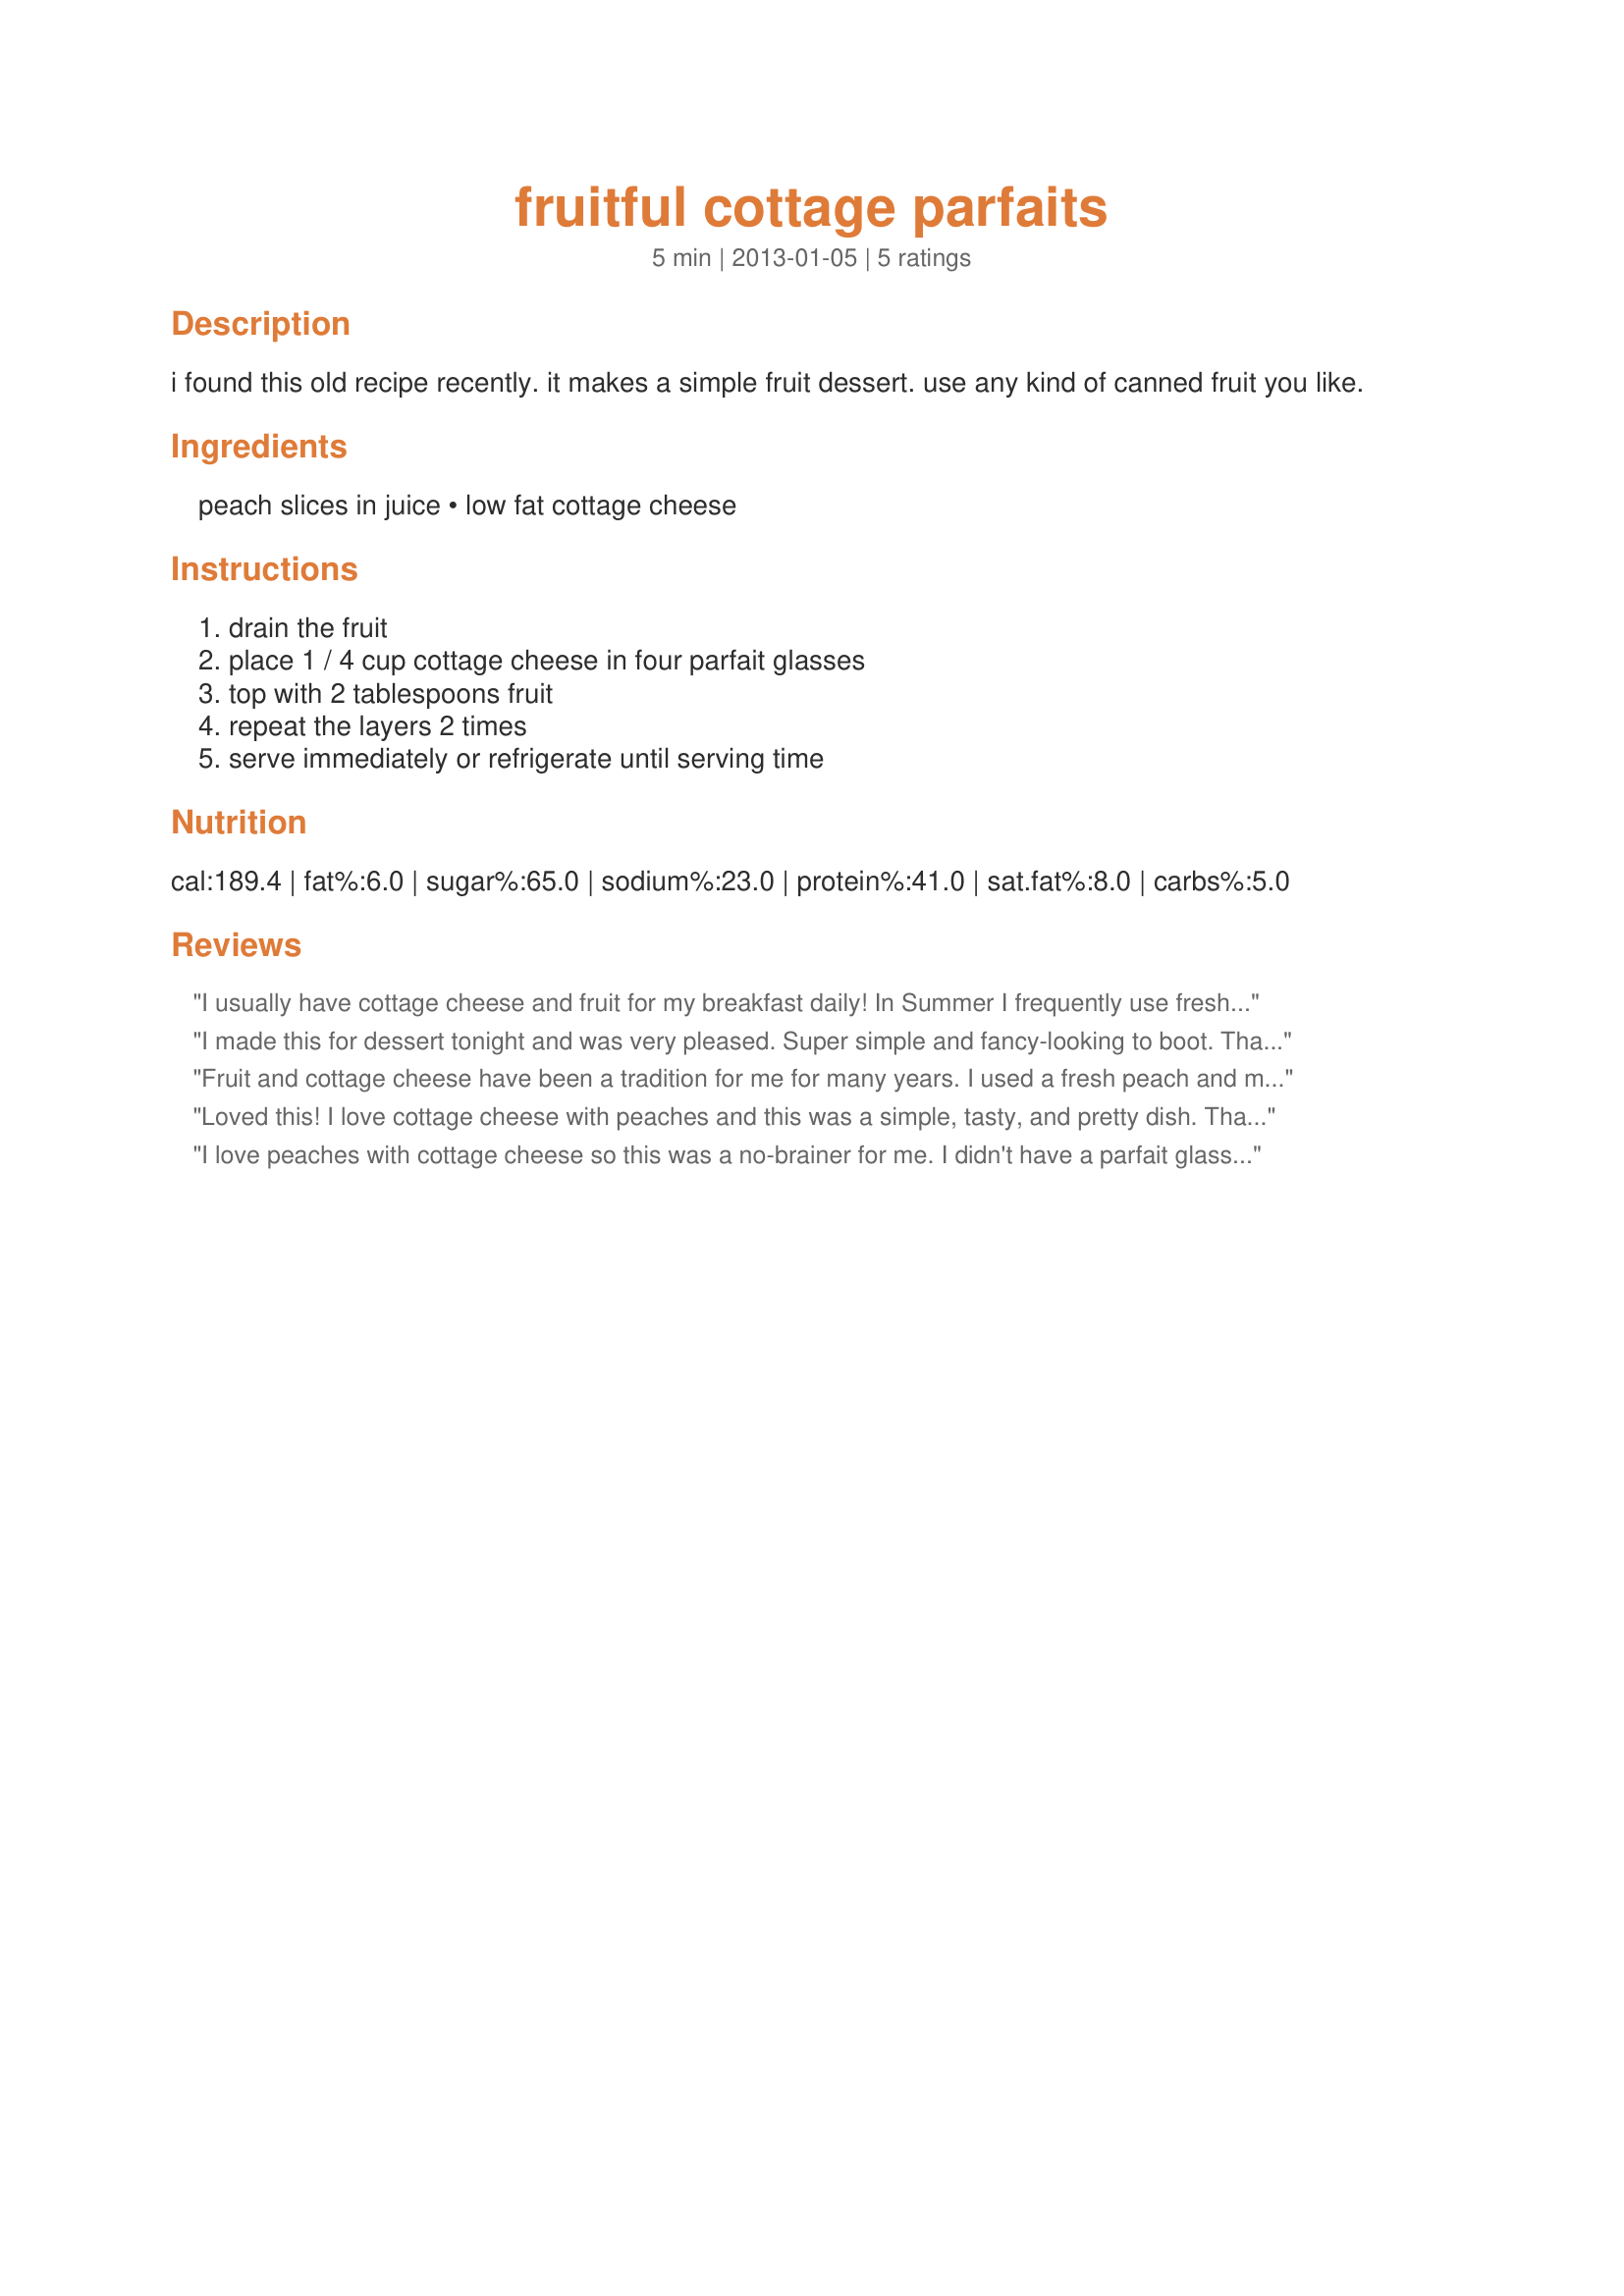
fruitful cottage parfaits
Preparation time: 5 minutes

i found this old recipe recently. it makes a simple fruit dessert. use any kind of canned fruit you like.

Ingredients:
peach slices in juice, low fat cottage cheese

Steps:
drain the fruit, place 1 / 4 cup cottage cheese in four parfait glasses, top with 2 tablespoons fruit, repeat the layers 2 times, serve immediately or refrigerate until serving time

Reviews:
I usually have cottage cheese and fruit for my breakfast daily! In Summer I frequently use fresh fruits, but I always have canned peaches, apricots, and pineapple on hand when fresh fruit is not at peak flavor ~ this morning I used canned pineapple chunks, and tossed in some fresh blueberries to boot! Made for Rookie Recipe Tag (due August 14th).
I made this for dessert tonight and was very pleased. Super simple and fancy-looking to boot. Thanks for sharing. Made for Football Pool 2012.
Fruit and cottage cheese have been a tradition for me for many years. I used a fresh peach and made 2 smaller parfaits. DH and I enjoyed these this morning with a muffin for a breakfast. Made for Aussie Swap.
Loved this! I love cottage cheese with peaches and this was a simple, tasty, and pretty dish. Thanks for sharing. Congrats on your Football Win!
I love peaches with cottage cheese so this was a no-brainer for me. I didn't have a parfait glass so used a martini glass :) Thanks for sharing!
